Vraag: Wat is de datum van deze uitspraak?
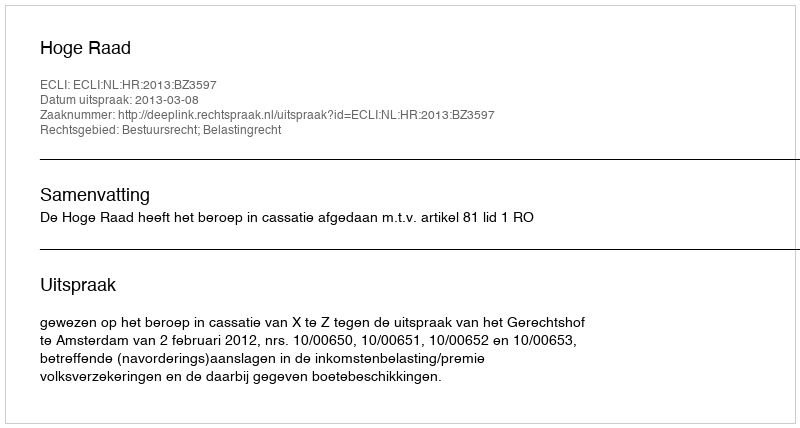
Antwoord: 2013-03-08